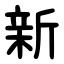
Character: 新